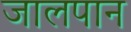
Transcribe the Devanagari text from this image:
जालपान